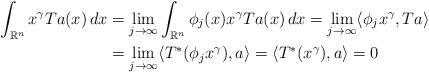
LaTeX: \begin{align*}\int_{\mathbb R^n}x^\gamma Ta(x)\,dx&=\lim_{j\to\infty}\int_{\mathbb R^n}\phi_j(x)x^\gamma Ta(x)\,dx=\lim_{j\to\infty}\langle\phi_jx^\gamma,Ta\rangle\\&=\lim_{j\to\infty}\langle T^*(\phi_j x^\gamma),a\rangle=\langle T^*(x^\gamma),a\rangle=0\end{align*}